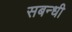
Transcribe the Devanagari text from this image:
सबन्धी